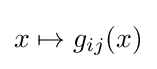
x\mapsto g_{ij}(x)